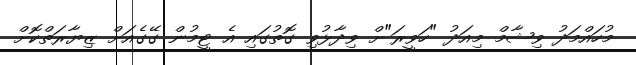
މުހައްމަދު ވިޝާމް މިއަދު "ހަވީރަ"ށް ވިދާޅުވި ގޮތުގައި އެ ޓީމުން ގޭގެއަށް ޒިޔާރަތްކޮށް